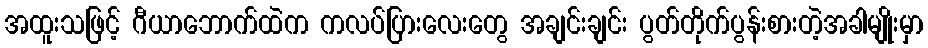
အထူးသဖြင့် ဂီယာဘောက်ထဲက ကလပ်ပြားလေးတွေ အချင်းချင်း ပွတ်တိုက်ပွန်းစားတဲ့အခါမျိုးမှာ